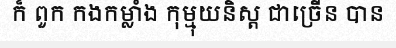
ក៏ ពួក កងកម្លាំង កុម្មុយនិស្ត ជាច្រើន បាន